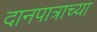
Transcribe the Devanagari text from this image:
दानपात्राच्या